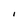
Character: I